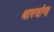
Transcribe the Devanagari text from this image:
श्रास्त्रांना